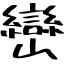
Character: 巒